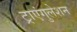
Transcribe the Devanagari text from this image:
ट्राएंगुलेशन